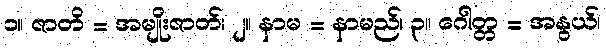
၁။ ဇာတိ = အမျိုးဇာတ်၊ ၂။ နာမ = နာမည်၊ ၃။ ဂေါတ္တ = အနွယ်၊